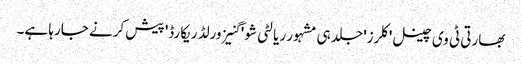
بھارتی ٹی وی چینل 'کلرز' جلد ہی مشہور ریالٹی شو ' گنیز ورلڈ ریکارڈ' پیش کرنے جارہا ہے۔